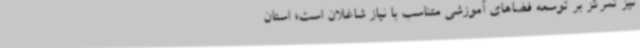
نیز تمرکز بر توسعه فضاهای آموزشی متناسب با نیاز شاغلان است؛ استان